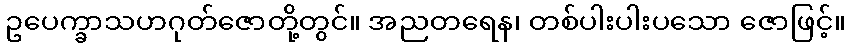
ဥပေက္ခာသဟဂုတ်ဇောတို့တွင်။ အညတရေန၊ တစ်ပါးပါးပသော ဇောဖြင့်။